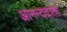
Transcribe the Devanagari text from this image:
आनन्ददाता